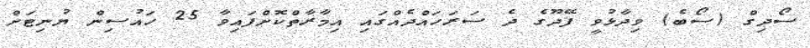
ސޯދިގް (ސޯބެ) ވިދާޅުވީ ފޭދޫގެ ދެ ސަރަހައްދެއްގައި އިމާރާތްކޮށްފައިވާ 25 ހައުސިން ޔުނިޓަށް